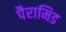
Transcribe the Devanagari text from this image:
पैरामिड